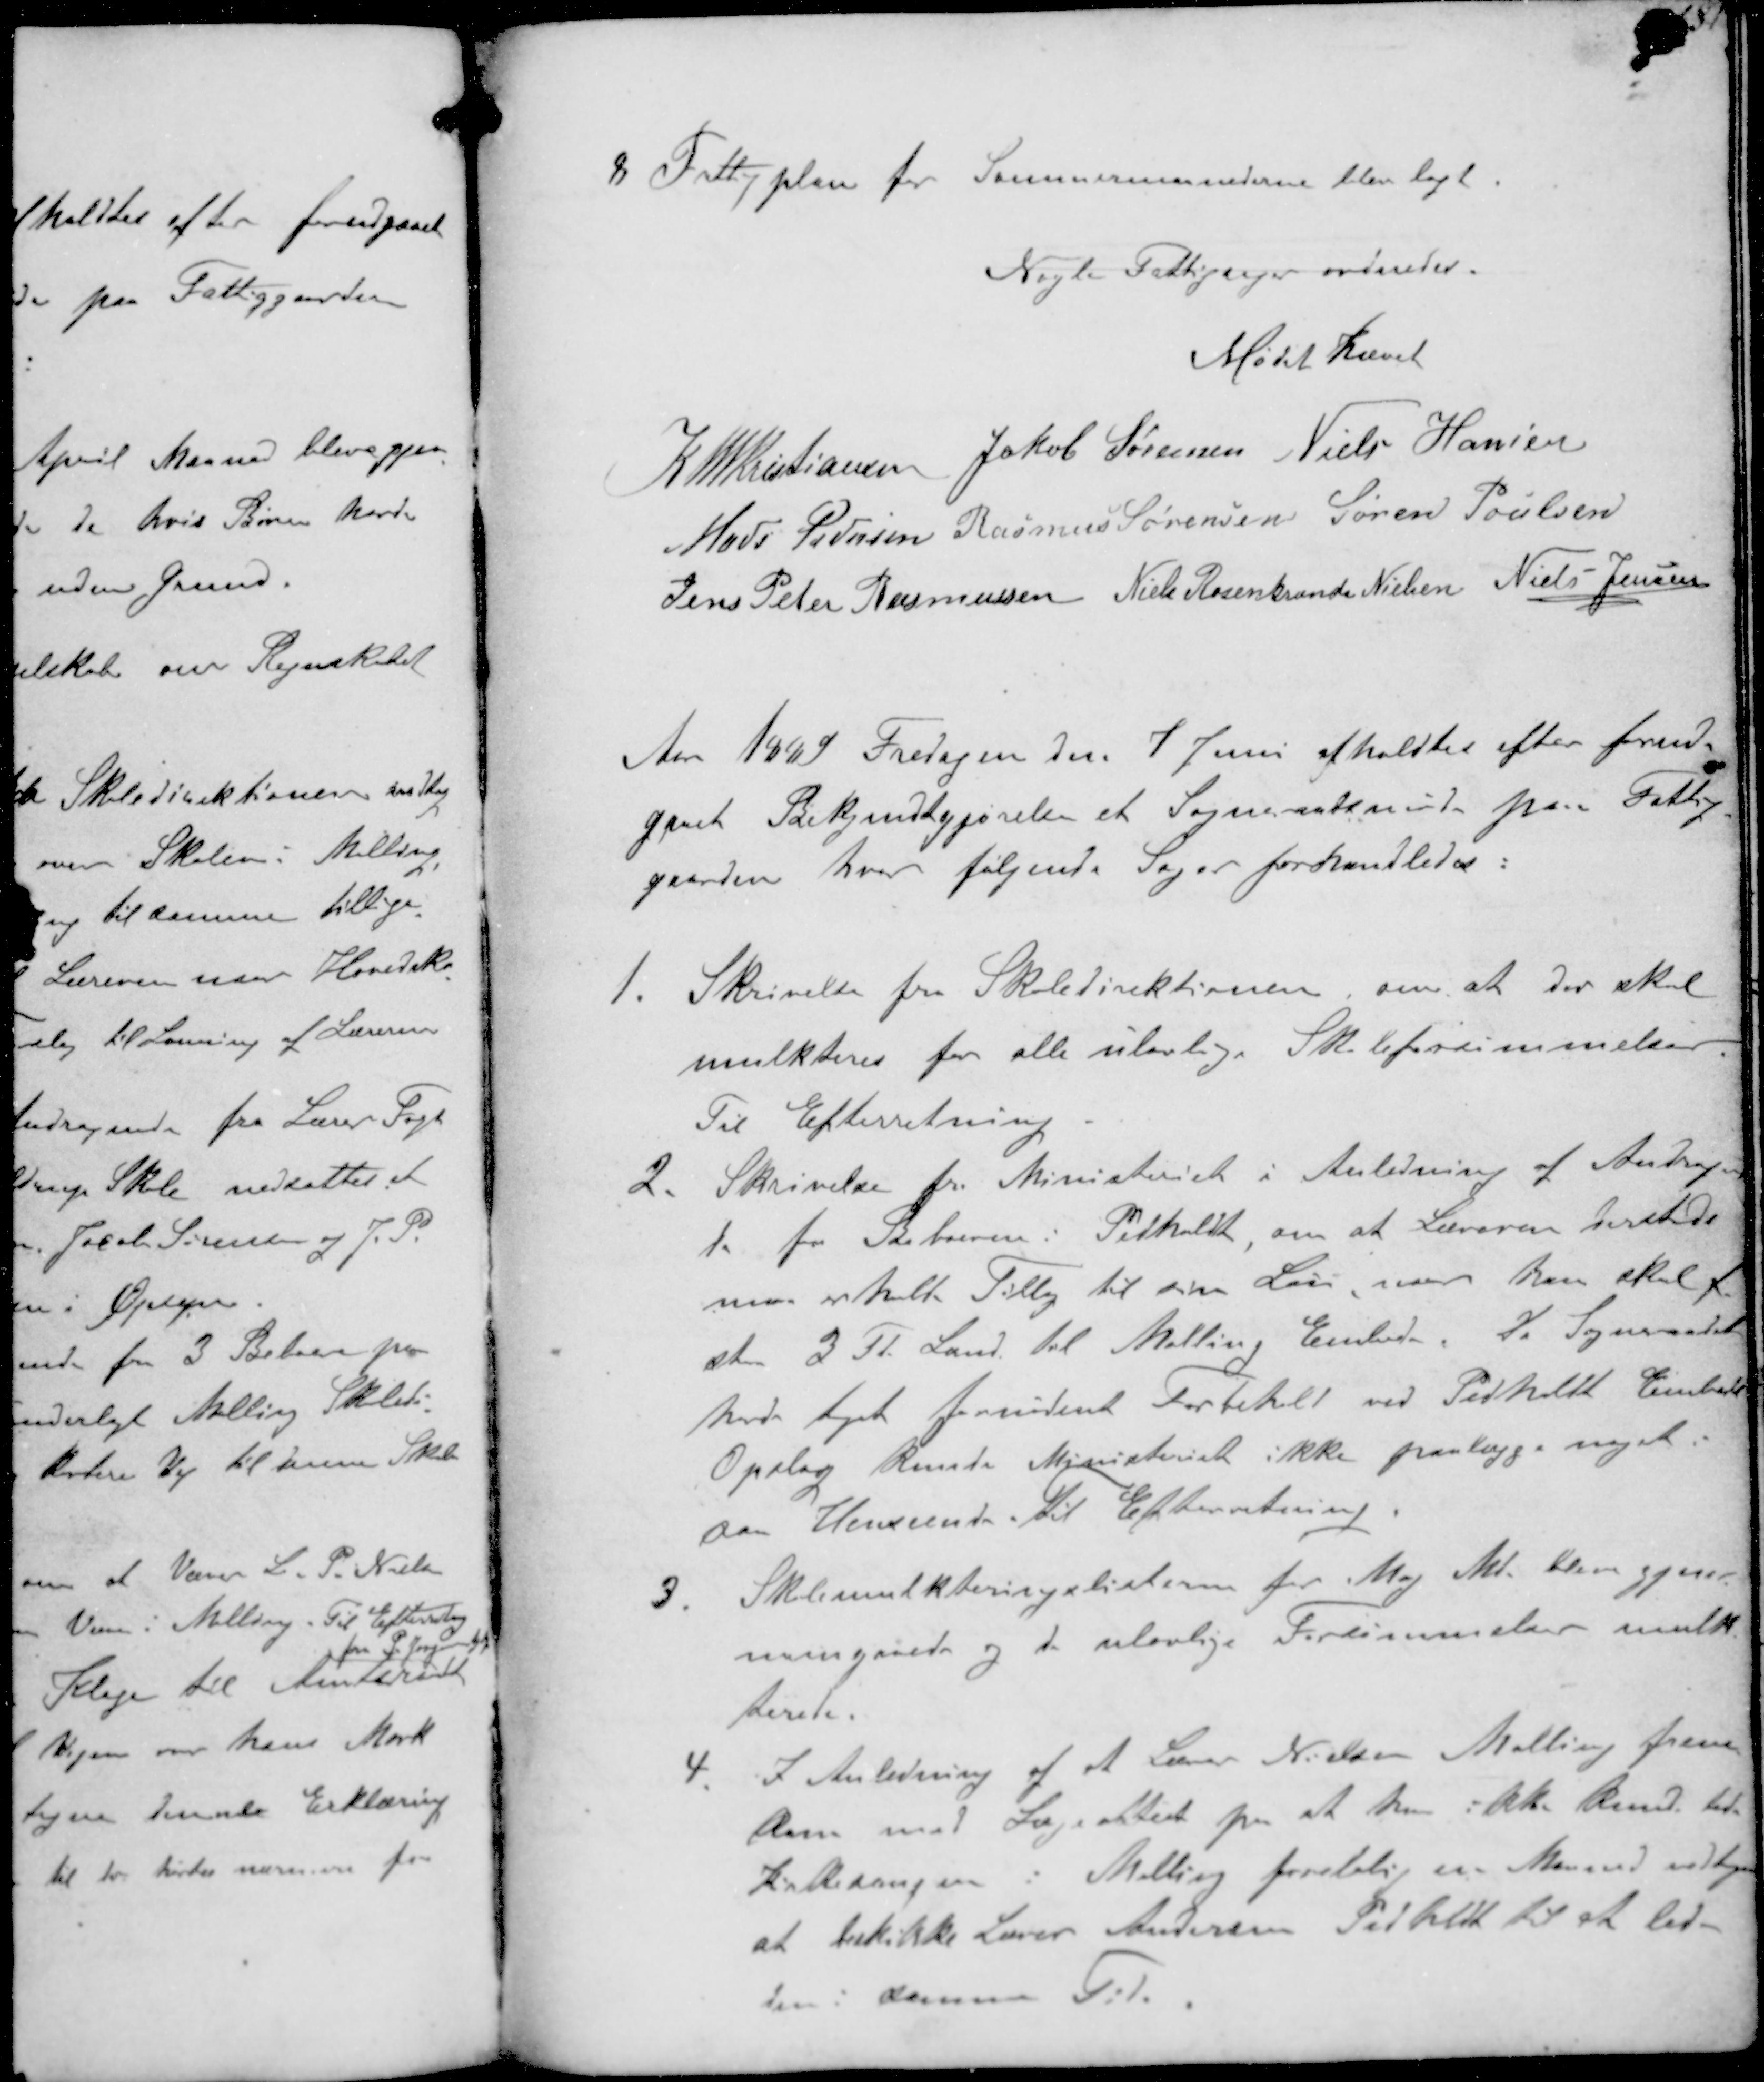
Transskription:
8. Fattigplan for Sommermaaderne blev lagt

Nogle Fattigsager ordnedes.

Mødet hævet

K N M Kristiansen
Jakob Sørensen Niels Hansen
Mads Pedersen Rasmus Sørensen Søren Poulsen
Jens Peter Rasmussen Niels Rosenkrands Nielsen Niels Jensen

Aar 1889 Fredagen den 7 Juni afholdtes efter forud-
gaaet Bekjendtgjørelse et Sogneraadsmøde paa Fattig-
gaarden hvor følgende Sager forhandledes:
1. Skrivelse fra Skoledirektionen om at der skal
mulkteres for alle ulovlige Skoleforsømmelser
Til Efterretning
2. Skrivelse fra Ministeriet i Anledning af Andragen-
de fra Beboerne i Pedholdt om at Læreren dersteds
maa erholde Tillæg til sin Løn, naar han skal af-
staa 3 Td. Land til Malling Embede, da Sogneraadet
havde taget fornødent Forbehold ved Pedholdt Embede
Opslaget kunde Ministeriet ikke paalægge noget i
den Henseende Til Efterretning
3. Skolemulkteringslisterne for Maj Md. blev gjen-
nemgaaede og de ulovlige Forsømmelser mulk-
terede
4. I Anledning af at Lærer Nielsen Malling frem-
kom med Lægeattest paa at han ikke kunde lede
Kirkesangen i Malling foreløbig en Maaned vedtoges
at beskikke Lærer Andersen Pedholdt til at lede
den i denne Tid